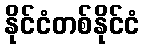
နိုင်ငံတစ်နိုင်ငံ